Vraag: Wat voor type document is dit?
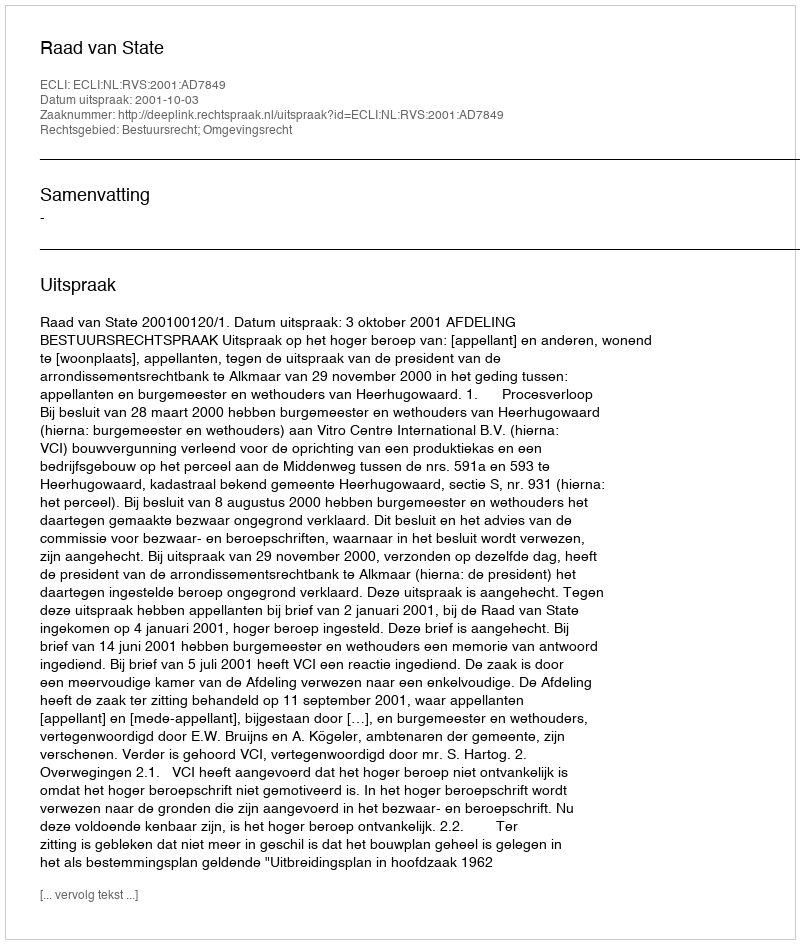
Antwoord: Uitspraak